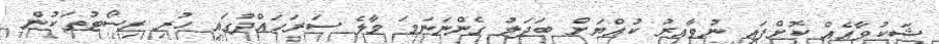
ޝަކުވާއެއް ކޮށްފައި ނުވާއިރު ކުއްޔަށް ބަދަލު ގެންނަނަމަ މާލެ ސަރަހައްދުގައި ހުރި ރިސޯޓުތަކުން